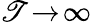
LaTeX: \mathscr{T}\! \to\! \infty